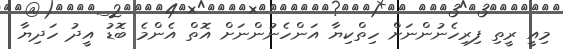
މިއީ ރީތި ފިރިހެނުންނަށް ހިތްކިޔާ އަންހެނުންނަށް އޮތް އެންމެ ބޮޑު އީދު ހަދިޔާ